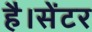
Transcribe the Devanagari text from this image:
है।सेंटर